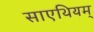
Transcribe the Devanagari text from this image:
साएथियम्‌